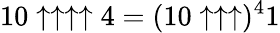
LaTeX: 10\uparrow\uparrow\uparrow\uparrow 4=(10\uparrow\uparrow\uparrow)^{4}1